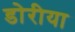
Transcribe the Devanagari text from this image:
डोरीया